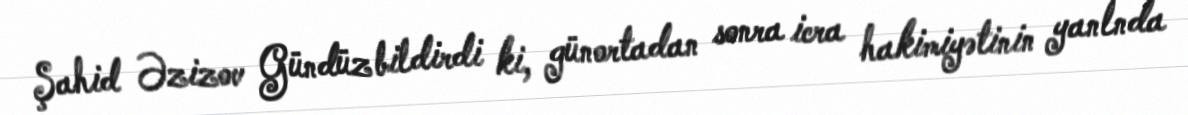
Şahid Əzizov Gündüz bildirdi ki, günortadan sonra icra hakimiyətinin yanlnda